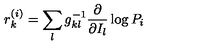
r _ { k } ^ { ( i ) } = \sum _ { l } g _ { k l } ^ { - 1 } \frac { \partial } { \partial I _ { l } } \log P _ { i }